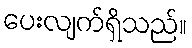
ပေးလျက်ရှိသည်။